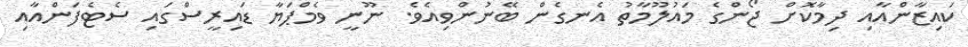
ކައިޒާންއާއި ދިމާކޮށް ޖޯންގެ މައުލޫމާތު އެނގެން ބޭނުންވިއެވެ. ނޫނީ ވެމްޕަޔާ ޑައިރީސްގައި ސެޓެފަންއާއި